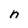
Character: n